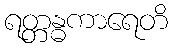
ရတ္တန္ဓကာရေတိ